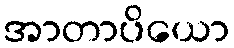
အာတာပိယော